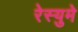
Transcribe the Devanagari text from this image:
रेस्युमे